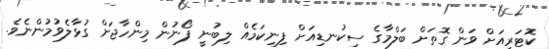
ކޮޓަރިއަށް ވަން ގޮތަށް ބަލްމާގެ ސިކުނޑިއަށް ފިނިކަމެއް ލިބުނީ ފޯނުން މިންހާޖަށް ގުޅާލެވުމުންނެވެ.